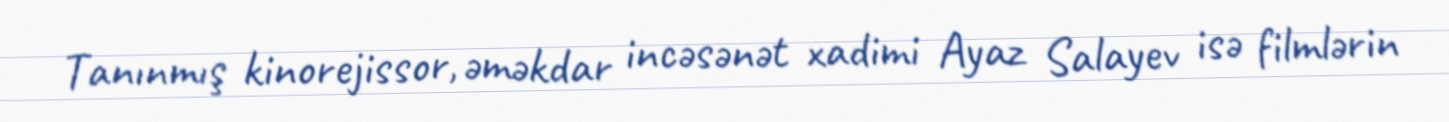
Tanınmış kinorejissor, əməkdar incəsənət xadimi Ayaz Salayev isə filmlərin